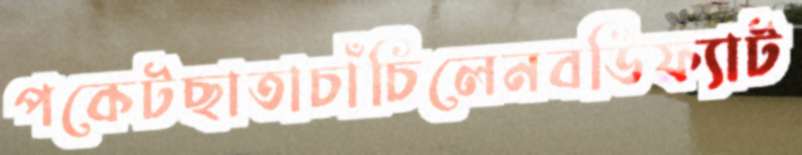
পকেটছাতাচাঁচিলেনবডিফ্যাট